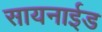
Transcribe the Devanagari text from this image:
सायनाईड